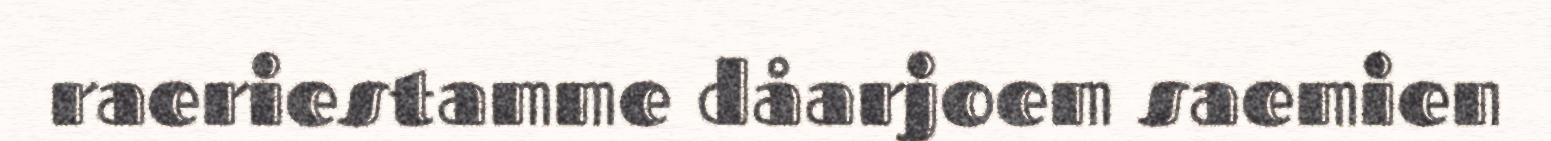
raeriestamme dåarjoem saemien